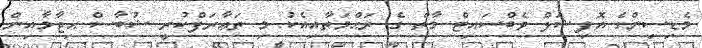
މެޑިސިންގެ އޮފިޝަލް ވެބްސައިޓް މާތް ގެ ރަޙްމަތާއިއެކު މި ތަޢާރަފްކުރީ ޝުބާސް ޙިޖާމާއިން